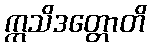
ဣသိဒတ္တောတိ